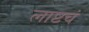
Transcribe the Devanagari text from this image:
लाष्टचं